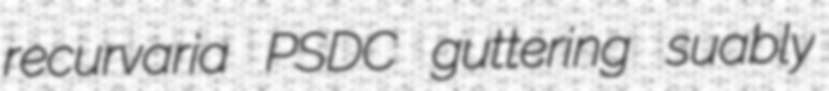
recurvaria PSDC guttering suably